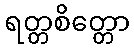
ရတ္တစိတ္တော